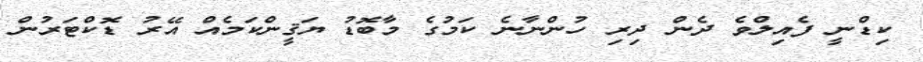
ކިޑްނީ ފެއިލްވެ ދެން ދިރި ހުންނާނެ ކަމުގެ މާބޮޑު ޔަޤީންކަމެއް އޭރު ޑޮކްޓަރުން